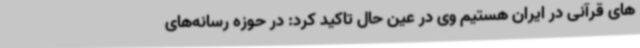
های قرآنی در ایران هستیم وی در عین حال تاکید کرد: در حوزه رسانه‌های